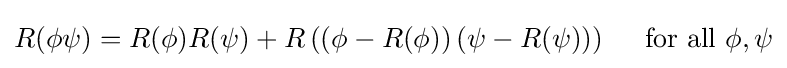
{\textstyle R(\phi \psi )=R(\phi )R(\psi )+R\left(\left(\phi -R(\phi )\right)\left(\psi -R(\psi )\right)\right)\quad {\text{ for all }}\phi ,\psi }